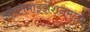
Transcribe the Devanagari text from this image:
ऑप्टीमाइझेशनमध्ये